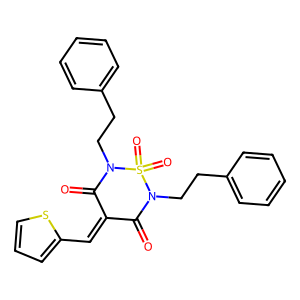
SMILES: O=C1C(=Cc2cccs2)C(=O)N(CCc2ccccc2)S(=O)(=O)N1CCc1ccccc1
Inhibits HIV replication: No